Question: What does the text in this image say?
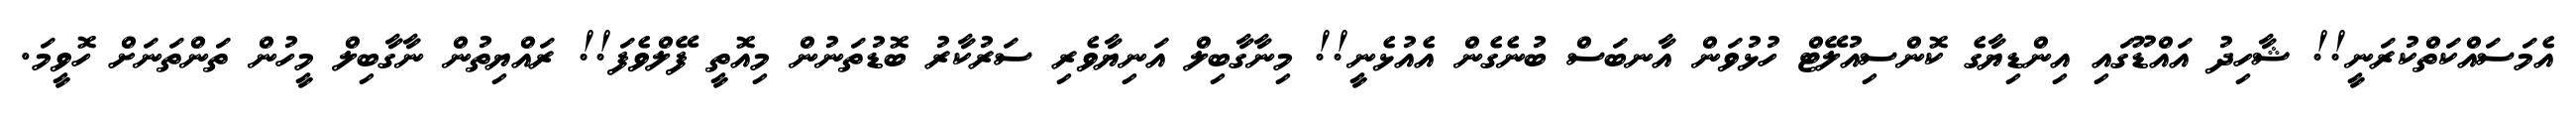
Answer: އެމަސައްކަތްކުރަނީ!! ޝާހިދު އައްޑޫގައި އިންޑިޔާގެ ކޮންސިއުލޭޓް ހުޅުވަން އާނބަސް ބުނެގެން އެއުޅެނީ!! މިނާގާބިލް އަނިޔާވެރި ސަރުކާރު ބޮޑުތަނުން މިއޮތީ ފޭލްވެފަ!! ރައްޔިތުން ނާގާބިލް މީހުން ތަންތަނަށް ހޮވީމަ.